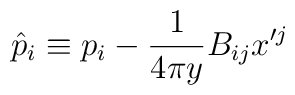
\hat{p}_i \equiv p_i-{1 \over 4\pi y} B_{ij} x'^j